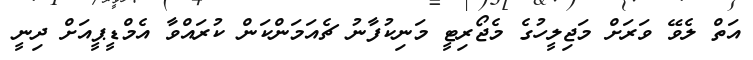
އަތް ލެވޭ ވަރަށް މަޖިލީހުގެ މެޖޯރިޓީ މަނިކުފާނު ޗެއަމަންކަން ކުރައްވާ އެމްޑީޕީއަށް ދިނީ